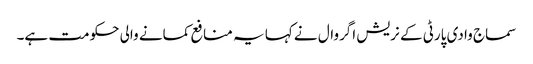
سماج وادی پارٹی کے نریش اگروال نے کہا یہ منافع کمانے والی حکومت ہے۔